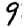
Digit: 9